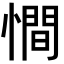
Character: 𢢀